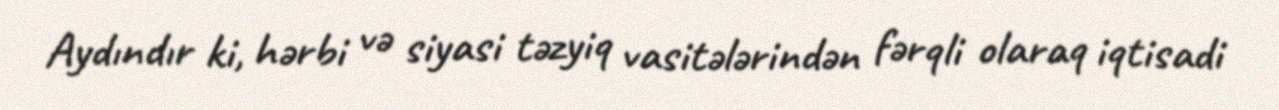
Aydındır ki, hərbi və siyasi təzyiq vasitələrindən fərqli olaraq iqtisadi